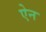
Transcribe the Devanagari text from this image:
एेन